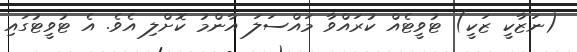
(ނަޒާކީ ޒަކީ) ޓުވީޓެއް ކުރައްވާ މައްސަލަ އާންމު ކޮށްލި އެވެ. އެ ޓުވީޓުގައި